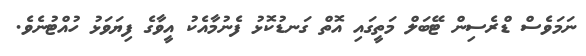
ނަމަވެސް ޑްރެސިން ޓޭބަލް މަތީގައި އޮތް ގަނޑުކޮޅު ފެނުމާއެކު އީވާގެ ފިޔަވަޅު ހުއްޓުނެވެ.